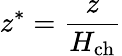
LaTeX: z^{*}=\frac{z}{H_{\mathrm{ch}}}